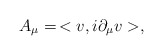
\begin{align*}A_\mu=\,<v,i\partial_\mu v>, \end{align*}